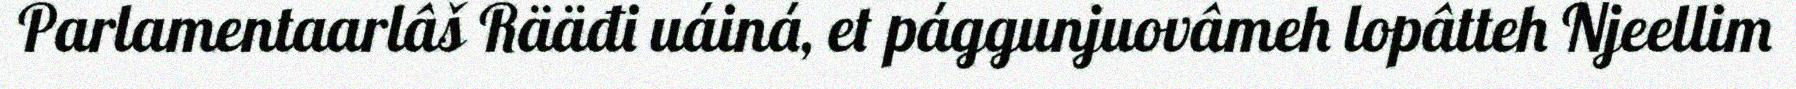
Parlamentaarlâš Rääđi uáiná, et pággunjuovâmeh lopâtteh Njeellim